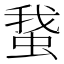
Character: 䖸